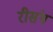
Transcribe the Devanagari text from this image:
रीसंग